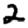
Digit: 2